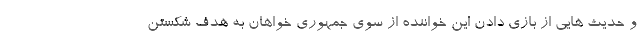
و حدیث هایی از بازی دادن این خواننده از سوی جمهوری خواهان به هدف شکستن